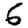
Digit: 6